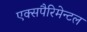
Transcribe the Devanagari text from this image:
एक्सपैरिमेन्टल